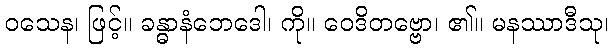
ဝသေန၊ ဖြင့်။ ခန္ဓာနံဘေဒေါ၊ ကို။ ဝေဒိတဗ္ဗော၊ ၏။ မနဿာဒီသု၊